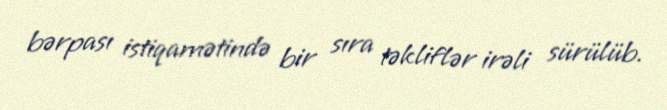
bərpası istiqamətində bir sıra təkliflər irəli sürülüb.